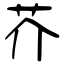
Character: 芥